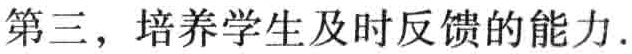
第三，培养学生及时反馈的能力.